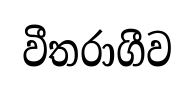
වීතරාගීව